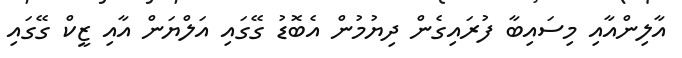
އާލިންއާއި މިސައިބާ ފުރައިގެން ދިޔުމުން އެބޮޑު ގޭގައި އަލްޔަން އާއި ޒީކް ގޭގައި